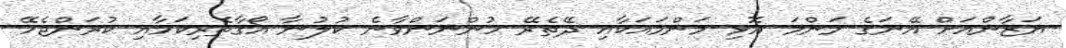
ޔަޒާންއަށް އޭނަގެ މަންމަ އޮޅި މަންމައަކާއި ދޭތެރޭ ހުންނަންވާނެ ކުލުނާ އޯގާތެރިކަމާއި ކުރަންޖެހޭ